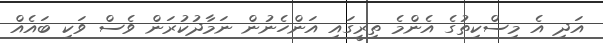
އަދި އެ މިސްކިތުގެ އެންމެ ތިރީގައި އަންހެނުން ނަމާދުކުރަން ވެސް ވަކި ބައެއް